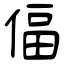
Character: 偪